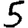
Digit: 5